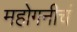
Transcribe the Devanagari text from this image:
महोगनीचं